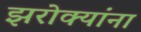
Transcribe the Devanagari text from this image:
झरोक्यांना